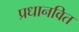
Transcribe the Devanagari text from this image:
प्रधानवित